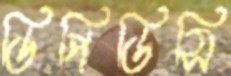
ডিপিডিসি